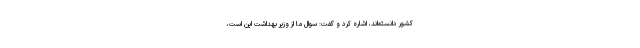
کشور دانسته‌اند، اشاره کرد و گفت: سوال ما از وزیر بهداشت این است،